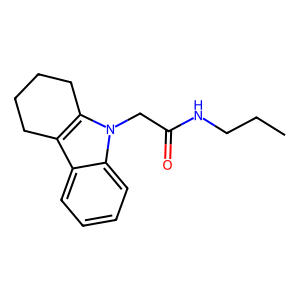
SMILES: CCCNC(=O)Cn1c2c(c3ccccc31)CCCC2
Inhibits HIV replication: No